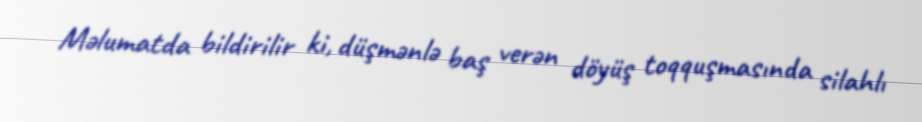
Məlumatda bildirilir ki, düşmənlə baş verən döyüş toqquşmasında silahlı